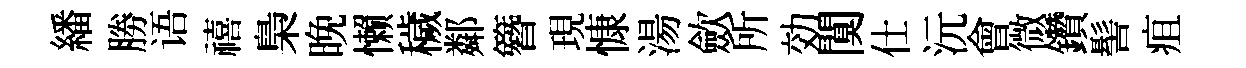
繙勝语禧梟晩懒穢鄰簪現慷湯歛所効闃仕沅會微鑽髻疽